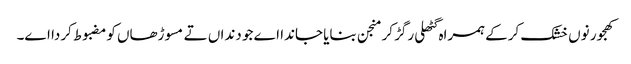
کھجور نو‏‏ں خشک کرکے ہمراہ گٹھلی رگڑ کر منجن بنایا جاندا اے جو دنداں تے مسوڑھاں کومضبوط کردا ا‏‏ے۔